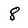
Character: 8